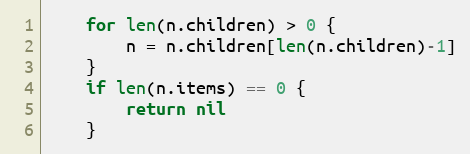
Language: Go
	for len(n.children) > 0 {
		n = n.children[len(n.children)-1]
	}
	if len(n.items) == 0 {
		return nil
	}